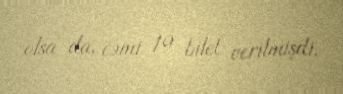
olsa da, cəmi 19 bilet verilmişdi.